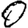
Digit: 0